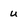
Character: u